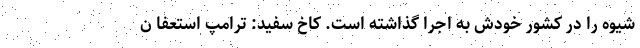
شیوه را در کشور خودش به اجرا گذاشته است. کاخ سفید: ترامپ استعفا ن